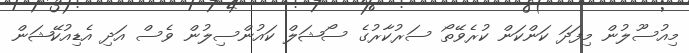
މިއުސޫލުން މިފަދަ ކަންކަން ކުރެވޭތޯ ސަރުކާރުގެ ސޯޝަލް ކައުންސިލުން ވެސް އަދި އެޑިއުކޭޝަން